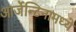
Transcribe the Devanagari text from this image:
आर्जेन्टिनामध्ये